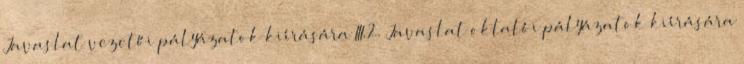
Javaslat vezetői pályázatok kiírására III.2. Javaslat oktatói pályázatok kiírására